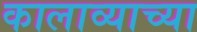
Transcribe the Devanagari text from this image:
कालाव्याच्या